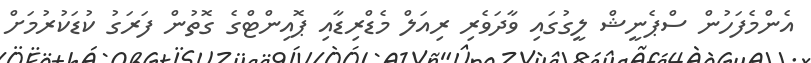
އެންމެފަހުން ސްޕެނީޝް ލީގުގައި ވާދަވެރި ރިއަލް މެޑްރިޑާއި ޕޮއިންޓްގެ ގޮތުން ފަރަގު ކުޑަކުރުމަށް